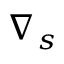
\nabla _ { s }